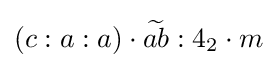
(c:a:a)\cdot {\widetilde {ab}}:4_{2}\cdot m